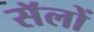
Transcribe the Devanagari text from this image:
सॅलों